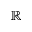
{ \mathbb R }